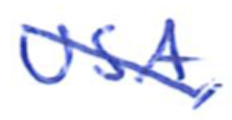
Text: USA,
Cross-out: diagonal
Writing tool: ballpoint